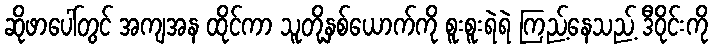
ဆိုဖာပေါ်တွင် အကျအန ထိုင်ကာ သူတို့နှစ်ယောက်ကို စူးစူးရဲရဲ ကြည့်နေသည့် ဒီဝိုင်းကို